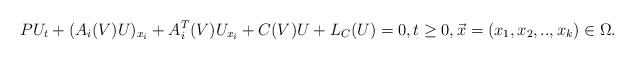
LaTeX: \begin{align*}P U_t + (A_i(V) U)_{x_i}+A^T_i(V)U_{x_i}+C(V)U+L_C(U)=0, t \geq 0, \vec x=(x_1,x_2,..,x_k) \in \Omega.\end{align*}